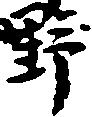
野